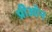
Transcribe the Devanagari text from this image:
प्रीऑन